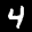
Label: 4